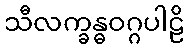
သီလက္ခန္ဓဝဂ္ဂပါဠိ